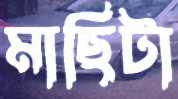
মাছিটা